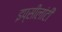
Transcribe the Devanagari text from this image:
इप्सीलांटी